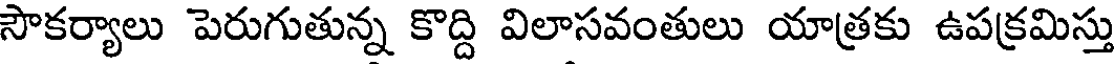
సౌకర్యాలు పెరుగుతున్న కొద్ది విలాసవంతులు యాత్రకు ఉపక్రమిస్తు